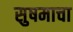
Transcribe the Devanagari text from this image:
सुषमाचा